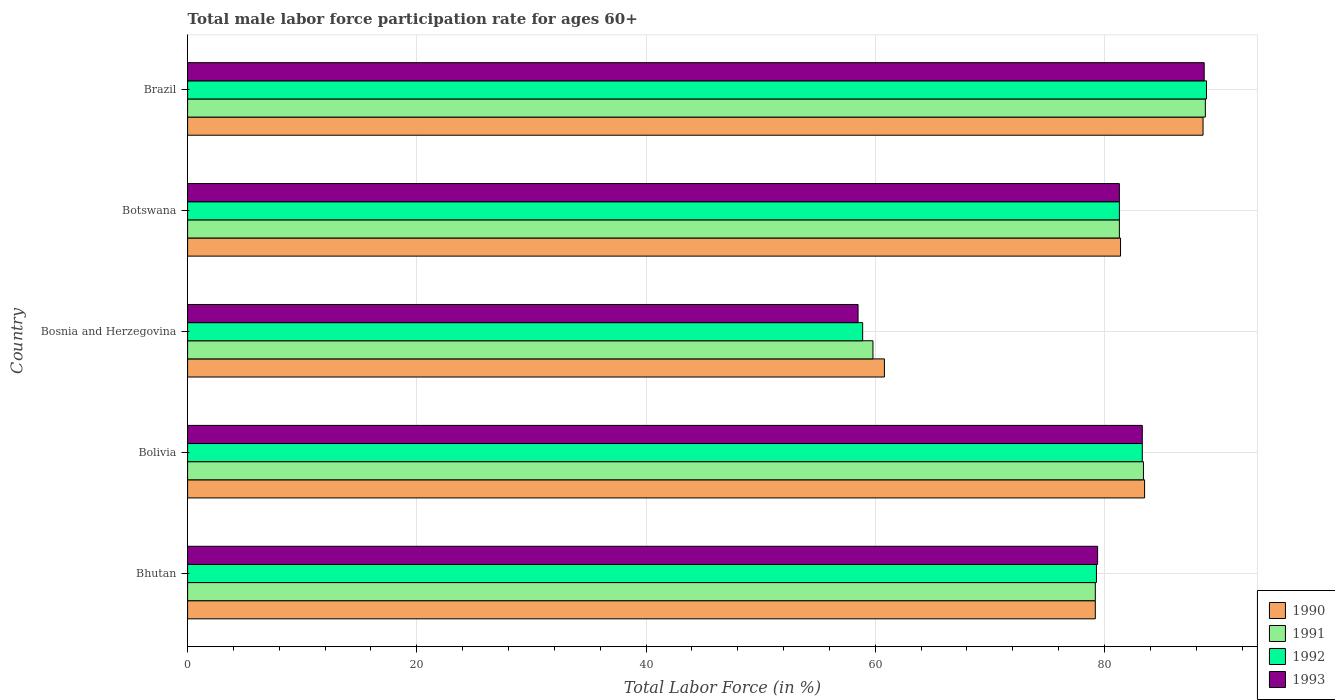
| Country | 1990 | 1991 | 1992 | 1993 |
 | --- | --- | --- | --- | --- |
 | Bhutan | 79.2 | 79.2 | 79.3 | 79.4 |
 | Bolivia | 83.5 | 83.4 | 83.3 | 83.3 |
 | Bosnia and Herzegovina | 60.8 | 59.8 | 58.9 | 58.5 |
 | Botswana | 81.4 | 81.3 | 81.3 | 81.3 |
 | Brazil | 88.6 | 88.8 | 88.9 | 88.7 |